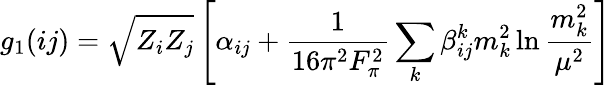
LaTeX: g_{1}(ij)=\sqrt{Z_{i}Z_{j}}\left[\alpha_{ij}+{\frac{1}{16\pi^{2}F_{\pi}^{2}}}\sum_{k}\beta_{ij}^{k}m_{k}^{2}\ln{\frac{m_{k}^{2}}{\mu^{2}}}\right]